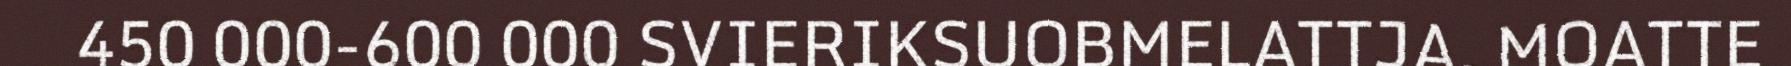
450 000-600 000 SVIERIKSUOBMELATTJA. MOATTE